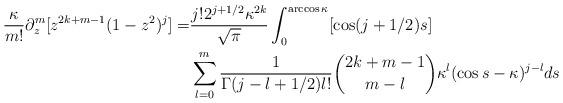
LaTeX: \begin{align*}\frac{\kappa}{m!}\partial_z^m[z^{2k+m-1}(1-z^2)^{j}] =& \frac{j!2^{j+1/2}\kappa^{2k}}{\sqrt{\pi}}\int_0^{\arccos \kappa}[\cos(j+1/2)s] \\& \sum_{l=0}^m\frac{1}{\Gamma(j-l+1/2)l!}\binom{2k+m-1}{m-l}\kappa^{l}(\cos s-\kappa)^{j-l}ds\end{align*}